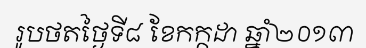
រូបថតថ្ងៃទី៨ ខែកក្កដា ឆ្នាំ២០១៣